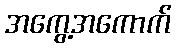
အကွေ့အကောက်